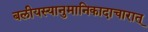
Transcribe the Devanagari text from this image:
बलीयस्यानुमानिकादाचारात्